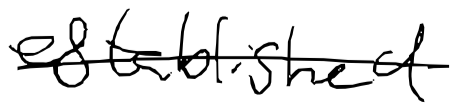
Text: established
Cross-out: single-line
Writing tool: digital_black